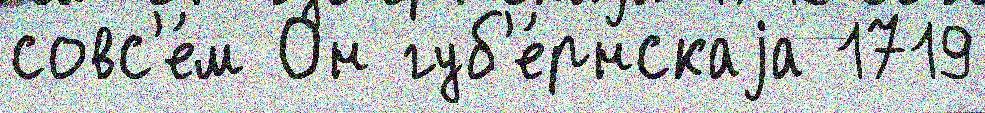
совс'е́м Он губ'е́рнскаjа 1719